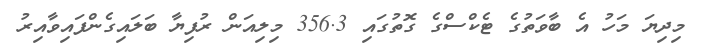
މިދިޔަ މަހު އެ ބާވަތުގެ ޓެކްސްގެ ގޮތުގައި 356.3 މިލިއަން ރުފިޔާ ބަލައިގެންފައިވާއިރު